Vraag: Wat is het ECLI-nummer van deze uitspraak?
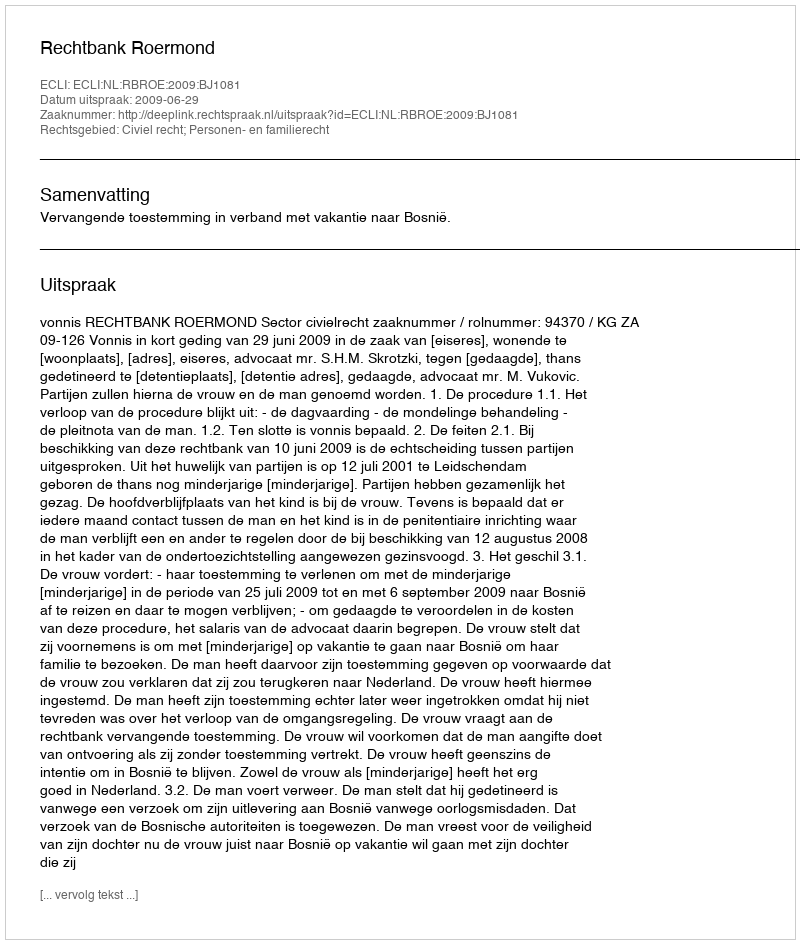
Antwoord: ECLI:NL:RBROE:2009:BJ1081